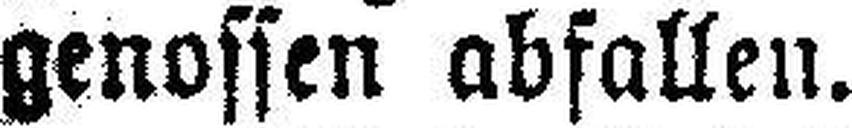
genossen abfallen.